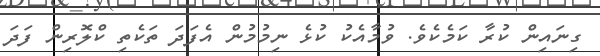
ގިނައިން ކުރާ ކަމެކެވެ. ވުމާއެކު ކުޅެ ނިމުމުން އެފަދަ ތަކެތި ކްލޮރިން ފަދަ